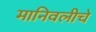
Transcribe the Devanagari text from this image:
मानिवलीचे